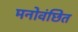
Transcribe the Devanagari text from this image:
मनोवंछित